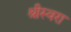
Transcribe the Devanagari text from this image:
श्रीस्वरा